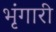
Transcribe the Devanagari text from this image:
भृंगारी